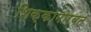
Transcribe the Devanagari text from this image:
शिक्कामोर्बत